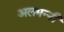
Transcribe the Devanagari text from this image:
अलमन्नी